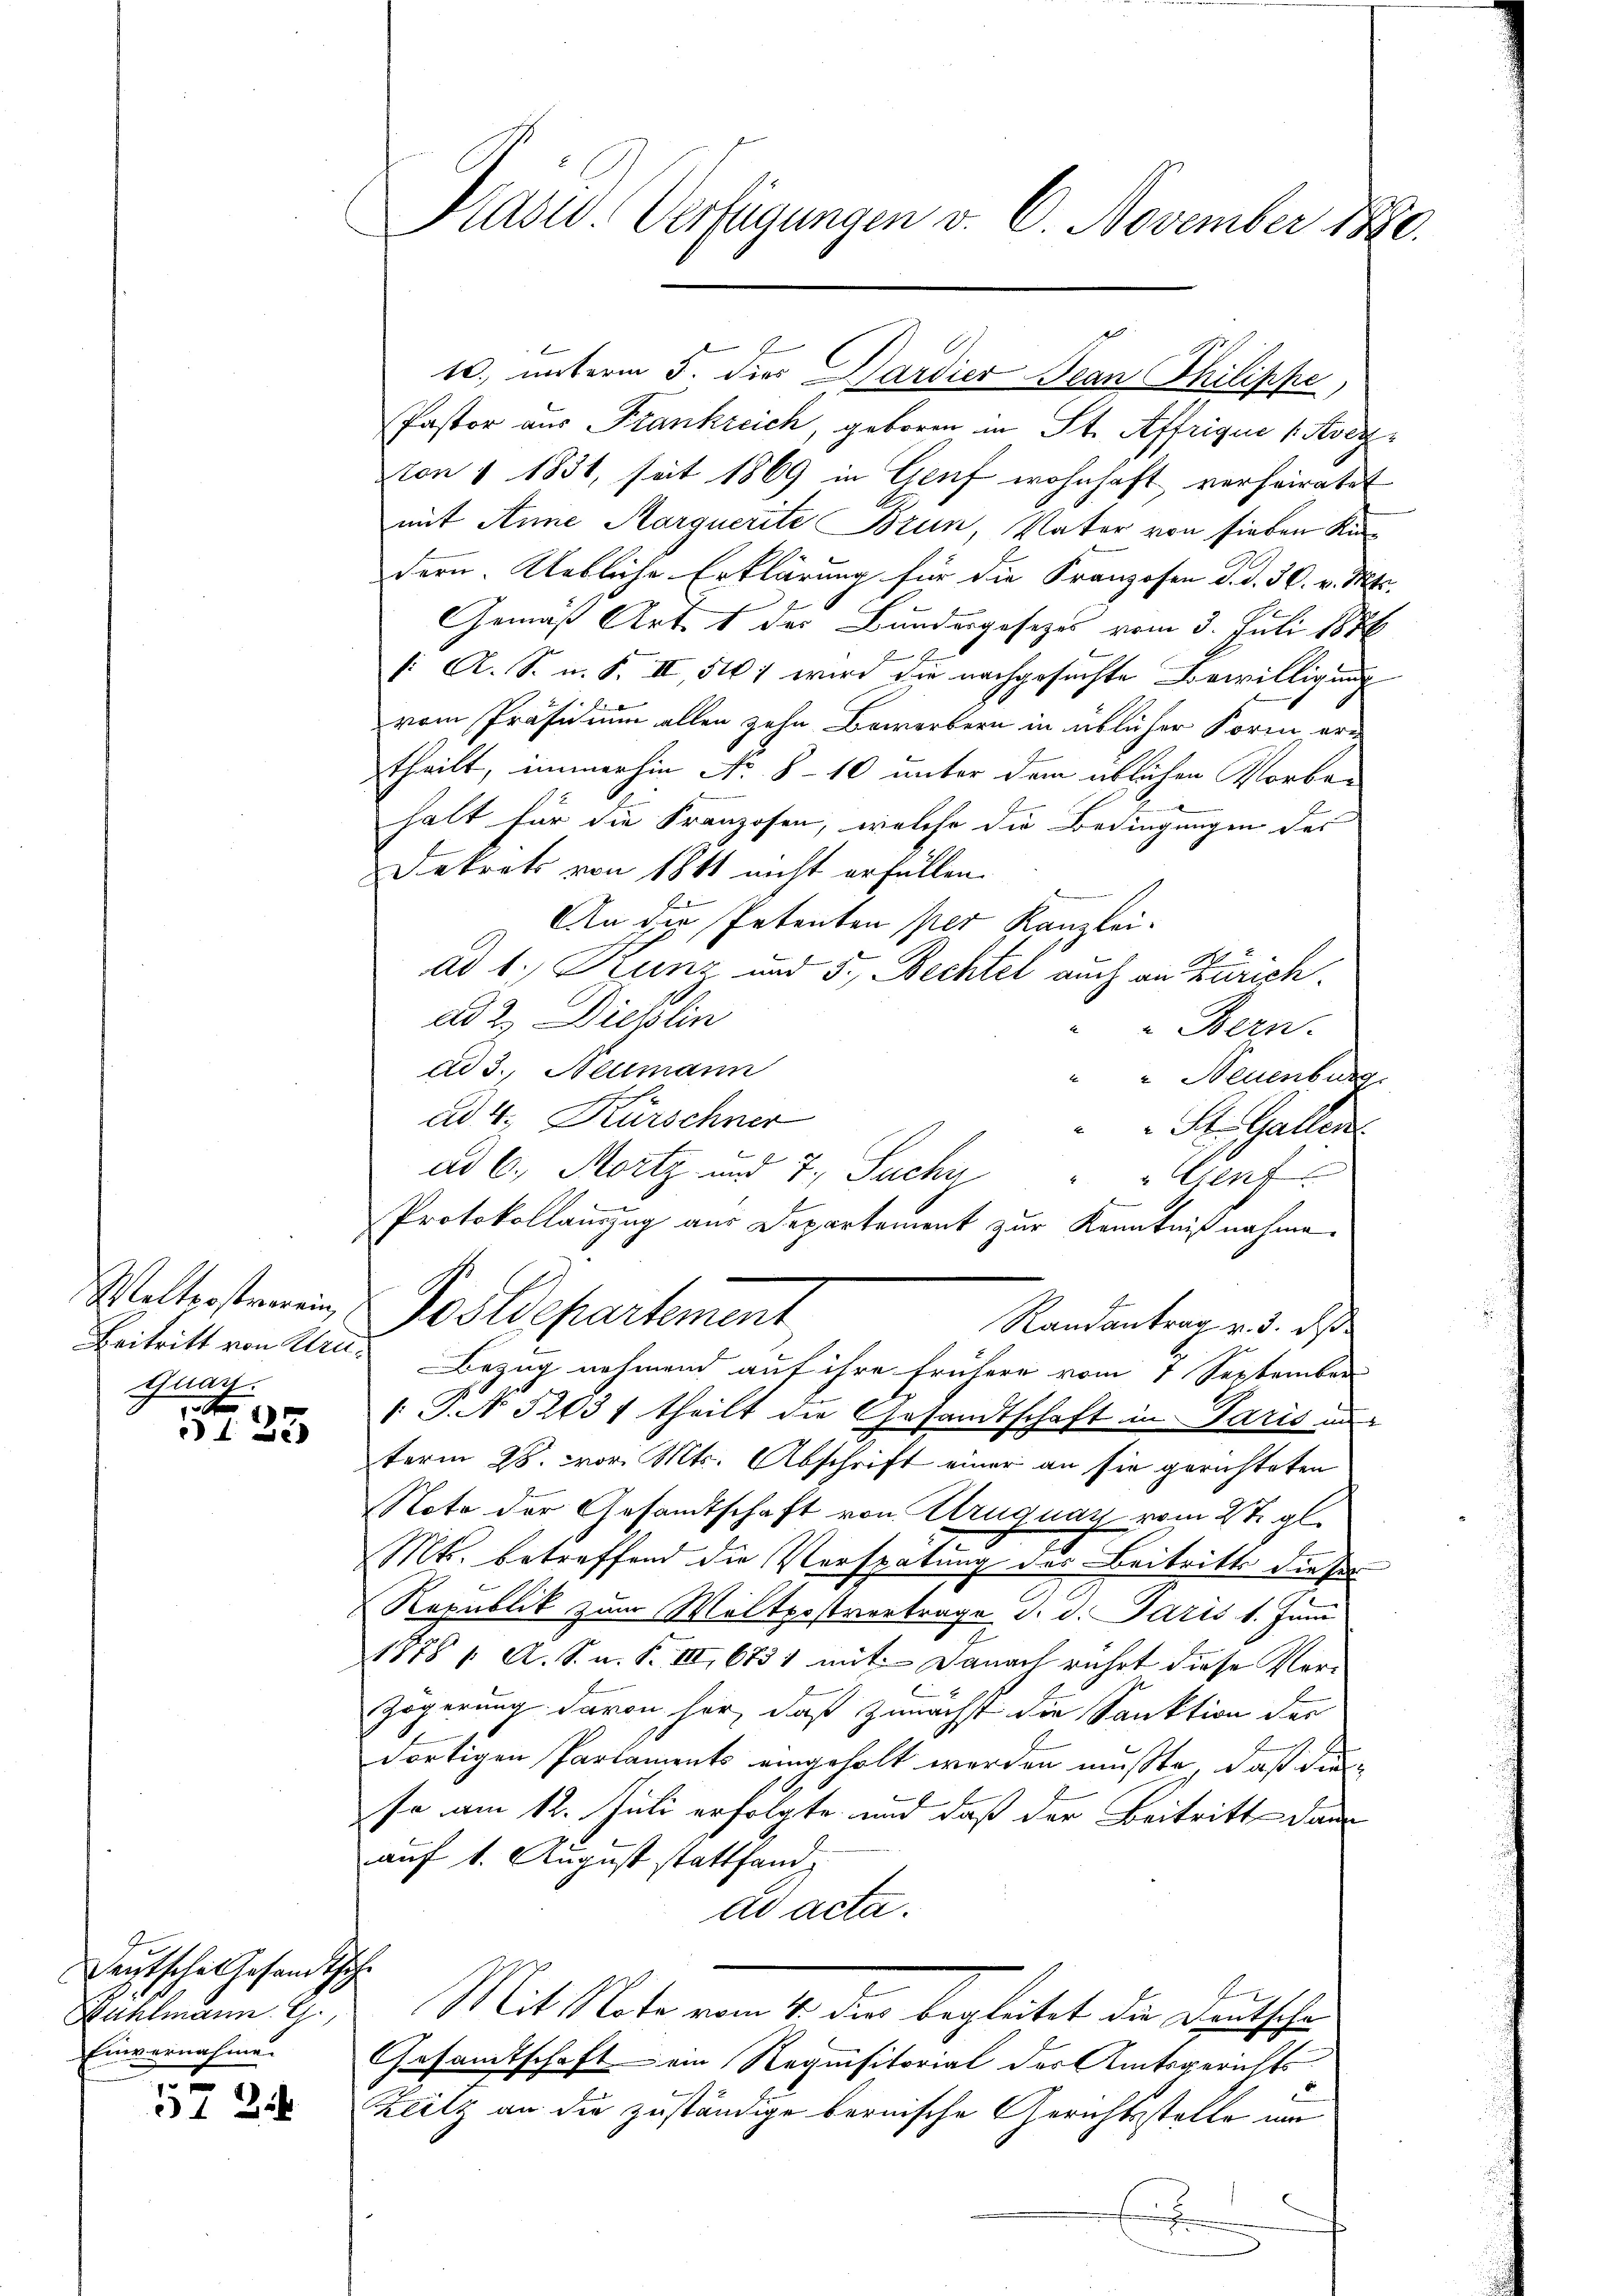
Walterstremein
Quan
t

3123

Deutsche Gesandtsch
Rühlmann R
Einvernahme

572.

Präsid. Verfügungen v. 6. November 1890.

Pastor aus Frankreich, geboren in St. Affrique vervon § 1831, seit 1869 in Genf wohnhaft verheiratet
mit Anne Aarquerite Brun, Vater von sieben Kindern. Uebliche Erklärung für die Franzosen d. d. 30. v. Mts.
Gemäß Art. 1 des Bundergesetzes vom 3. Juli 1886
A
(: A. S. n. F. III, 517 wird die nachgesuchte Bewilligung
vom Präsidium allen zehn Bewerbern in üblicher Form ertheilt, immerhin No 8-10 unter dem üblichen Vorbei
halt für die Franzosen, welche die Bedingungen der
Dekrets von 1811 nicht erfüllen.
An die Petenten per Kanzlei.
ad 1. Drunz und 5., Bechtel auch an Zürich.
ad 2. Dieklin
Bern.
ad 3., Neumann
" " Neuenburg
ad 4. Kürschner
St. Gallen.
.
ad 6. Mortz und 7. Suche
" Cent
Protokollauszug aus Departement zur Kenntnißnahme.
Postdepartement
Randantrag v. 5. des
Beitritt von Uri, Bezug nehmend auf ihre frühere vom 1 September
1 P. N 5203/ theilt die Gesandtschaft in Paris un
term 28. vor. Mts. Abschrift einer an sie gerichteten
Note der Gesandtschaft von Uruguay vom 2t. gl.
Mts. betreffend die Verspätung des Beitritte dieses
Republik zum Woltpostvertrage d. d. Paris 1. Juni
1178 f. A. S. a. S. III, 6731 mit Danach rührt diese Ver-
Zögerung davon her, daß zunächst die Sanktion der
dortigen Parlaments eingeholt werden mußte, daß die
so am 12. Juli erfolgte, und daß der Beitritt dann
auf 1. August stattfand,
de acta.
Mit Mate vom 4. den begleitet die Deutschen
Gesamtschaft ein Requisitorial des Amtsgerichts
Zeitz an die zuständige bernische Gerichtsstelle um
Eigen

10. unterm 5. dies Pardier Jean Philippe,